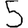
Digit: 5